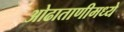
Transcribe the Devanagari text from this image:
ओढाताणीमध्ये